Insane asylums in Bengal annual reports 1867-1875 - 1867-1875
Year: 1867
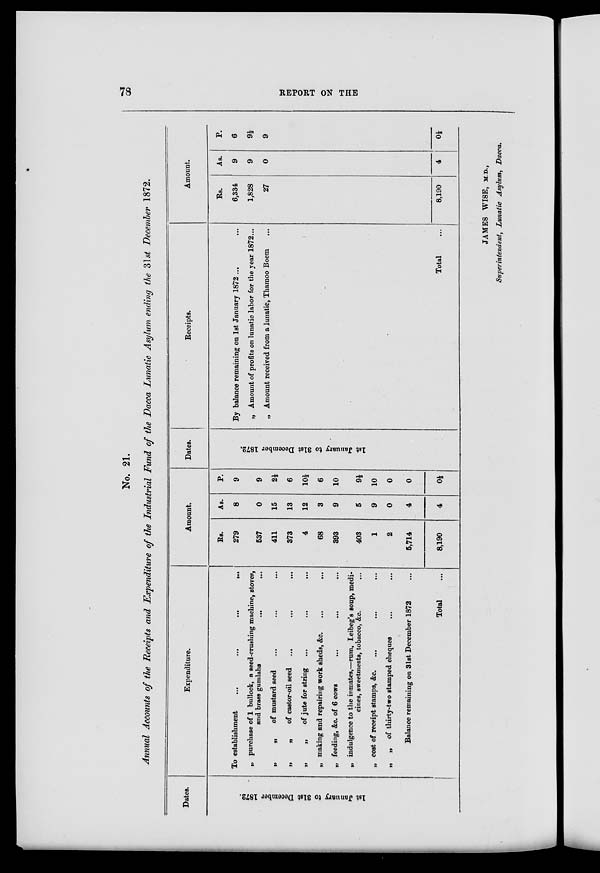
78
REPORT ON THE
No. 21.
Annual Accounts of the Receipts and Expenditure of the Industrial Fund of the Dacca Lunatic Asylum ending the 31st December 1872.
Dates.
1st January to 31st December 1872.
Expenditure.
To establishment
...
...
...
...
„ purchase of 1 bullock, a seed-crushing machine, stoves,
and brass gumlahs
... ...
„
„
of mustard seed
... ... ...
„
„ of castor-oil seed ... ... ...
„
„
of jute for string ... ... ...
„ making and repairing work sheds, &c. ... ...
„ feeding, &c. of 6 cows ... ... ...
„ indulgence to the inmates,—rum, Leibeg's soup, medi-
cines, sweetmeats, tobacco, &c. ...
„ cost of receipt stamps, &c. ... ... ...
„ „ of thirty-two stamped cheques ... ...
Balance remaining on 31st December 1872 ...
Total ...
Amount.
Rs.
279
537
411
373
4
68
393
403
1
2
5,714
8,190
As.
8
0
15
13
12
3
9
5
9
0
4
4
P.
9
9
2½
6
10½
6
10
9½
10
0
0
0½
Dates.
1st January to 31st December 1872.
Receipts.
By balance remaining on 1st January 1872 ... ...
„ Amount of profits on lunatic labor for the year 1872 ...
„ Amount received from a lunatic, Thamoo Boem ...
Total
Amount.
Rs.
6,334
1,828
27
8,190
As.
9
9
0
4
P.
6
9½
9
0½
JAMES WISE, M.D.,
Superintendent, Lunatic Asylum, Dacca,